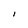
Character: I